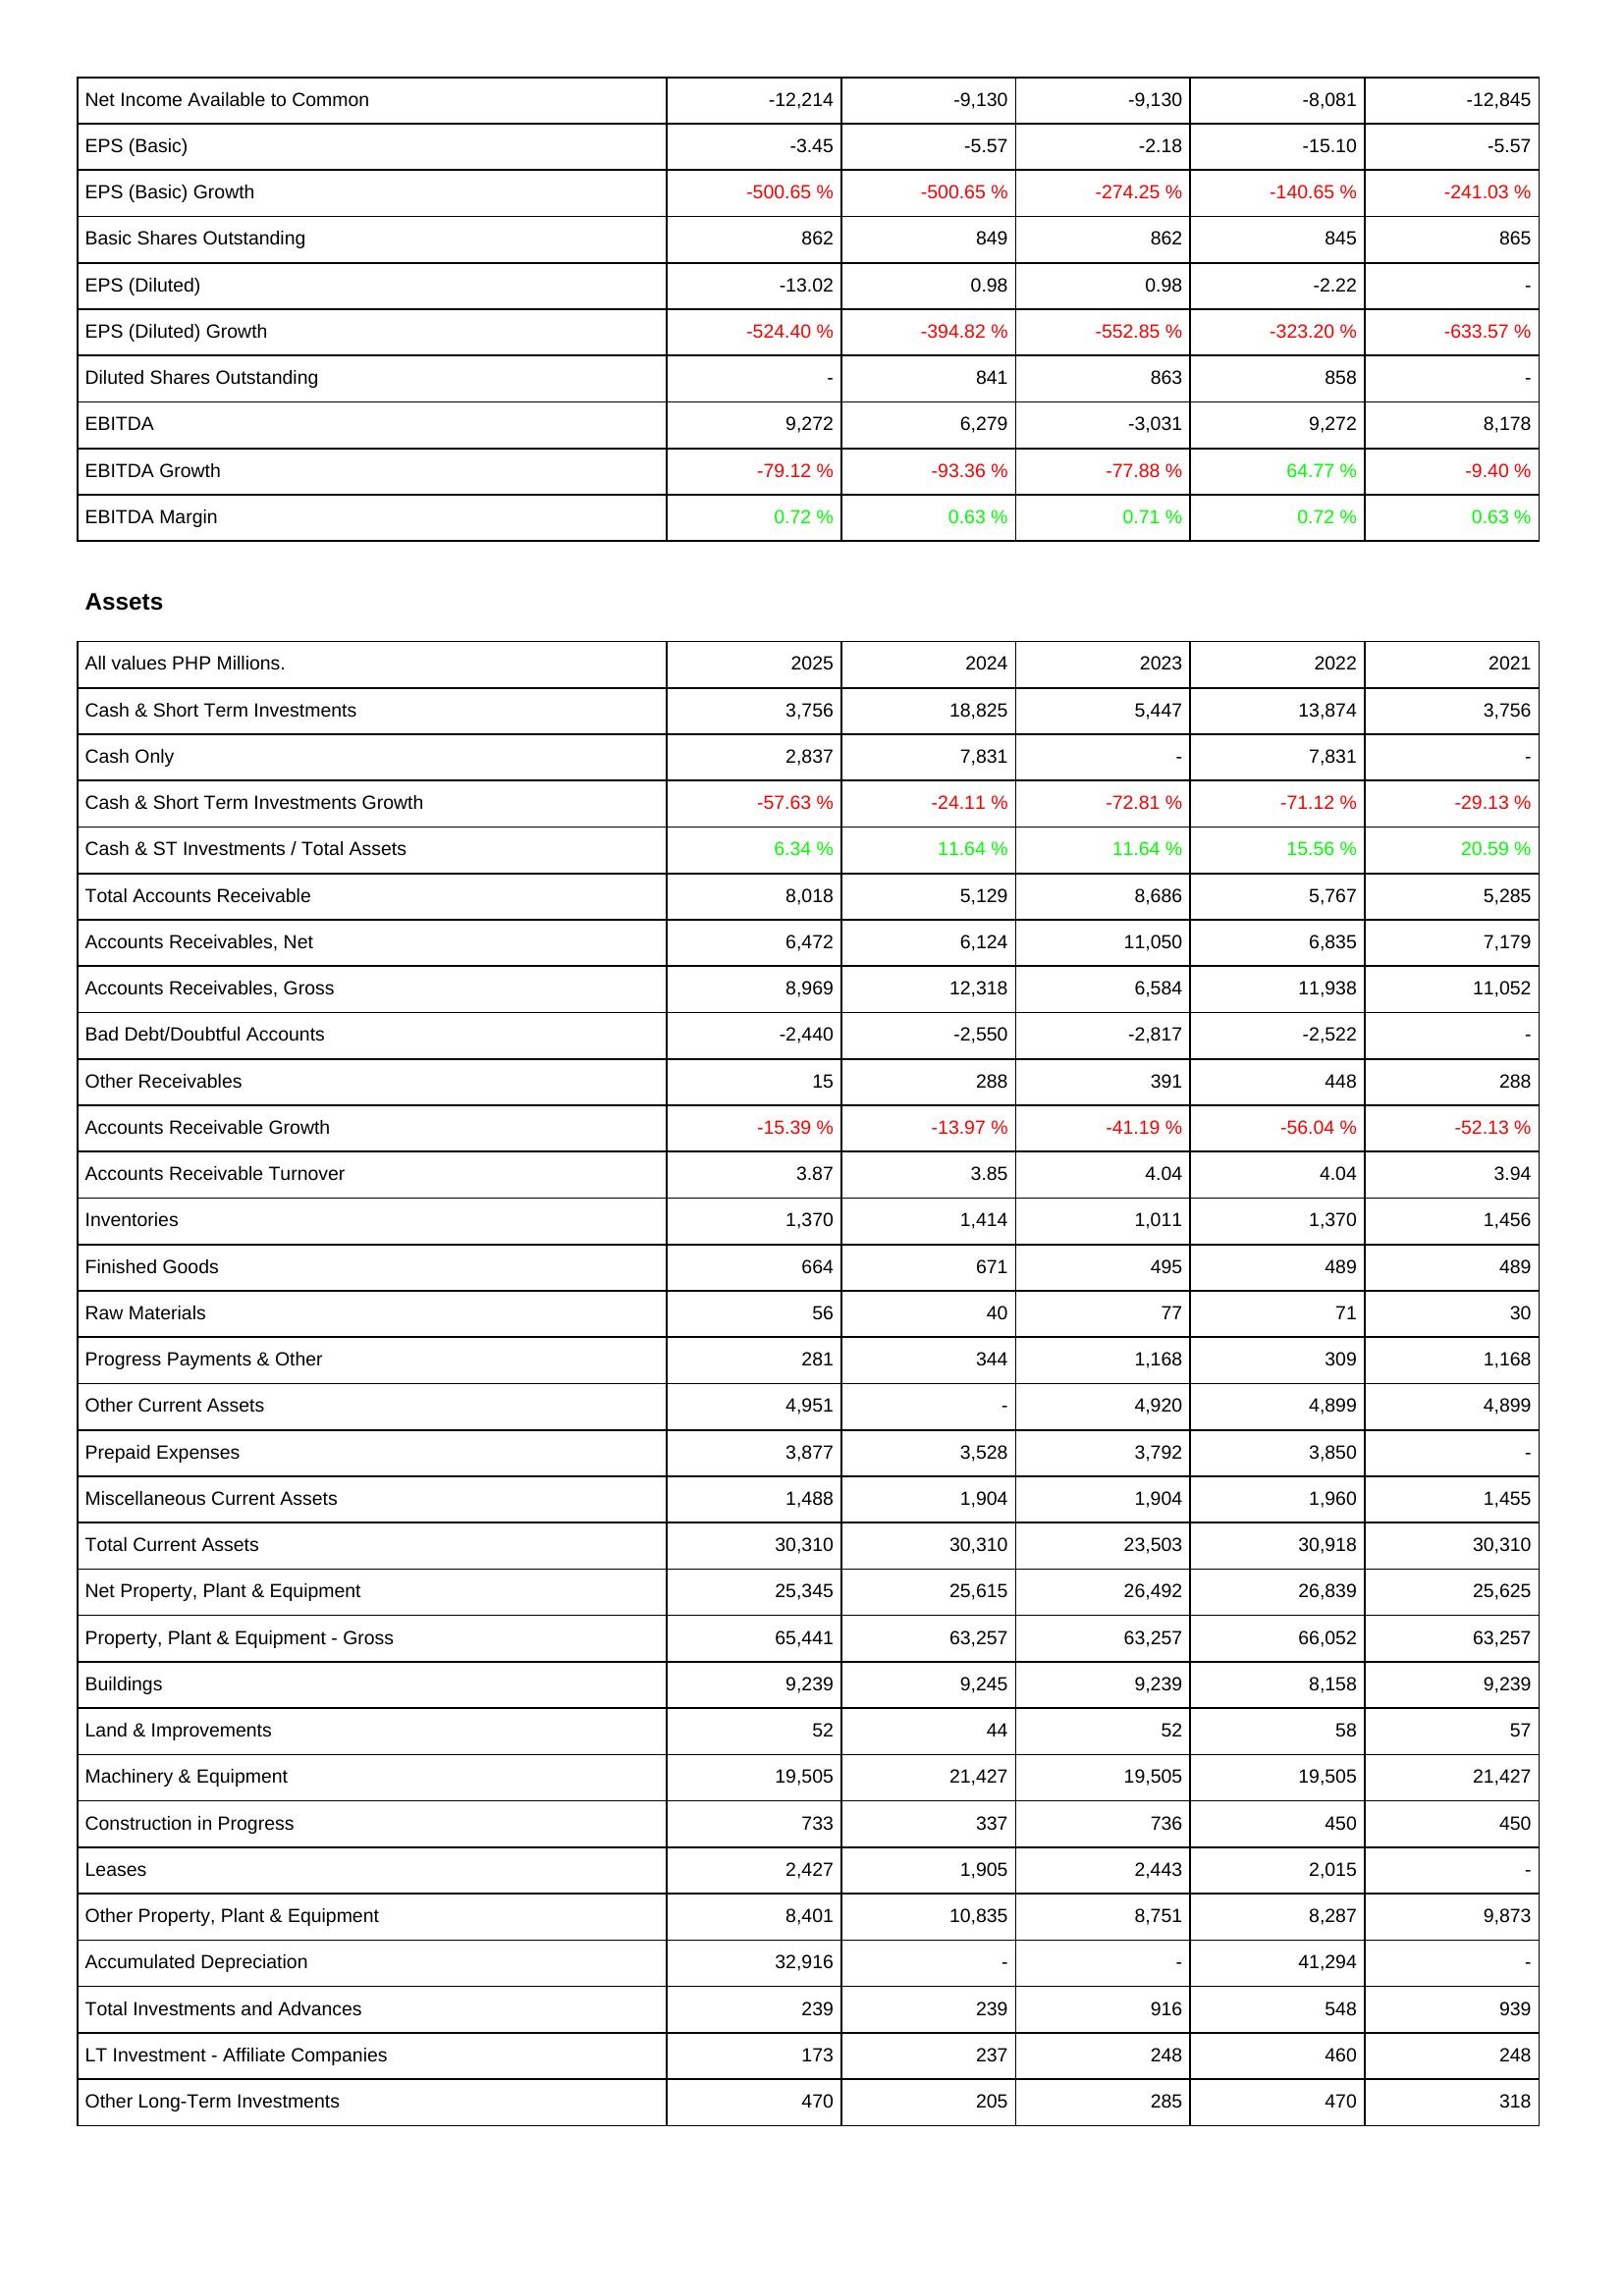
2025: Income Statement: Net Income Available to Common: -12,214
EPS (Basic): -3.45
EPS (Basic) Growth: -500.65 %
Basic Shares Outstanding: 862
EPS (Diluted): -13.02
EPS (Diluted) Growth: -524.40 %
Diluted Shares Outstanding: -
EBITDA: 9,272
EBITDA Growth: -79.12 %
EBITDA Margin: 0.72 %
Assets: Cash & Short Term Investments: 3,756
Cash Only: 2,837
Cash & Short Term Investments Growth: -57.63 %
Cash & ST Investments / Total Assets: 6.34 %
Total Accounts Receivable: 8,018
Accounts Receivables, Net: 6,472
Accounts Receivables, Gross: 8,969
Bad Debt/Doubtful Accounts: -2,440
Other Receivables: 15
Accounts Receivable Growth: -15.39 %
Accounts Receivable Turnover: 3.87
Inventories: 1,370
Finished Goods: 664
Raw Materials: 56
Progress Payments & Other: 281
Other Current Assets: 4,951
Prepaid Expenses: 3,877
Miscellaneous Current Assets: 1,488
Total Current Assets: 30,310
Net Property, Plant & Equipment: 25,345
Property, Plant & Equipment - Gross: 65,441
Buildings: 9,239
Land & Improvements: 52
Machinery & Equipment: 19,505
Construction in Progress: 733
Leases: 2,427
Other Property, Plant & Equipment: 8,401
Accumulated Depreciation: 32,916
Total Investments and Advances: 239
LT Investment - Affiliate Companies: 173
Other Long-Term Investments: 470
2024: Income Statement: Net Income Available to Common: -9,130
EPS (Basic): -5.57
EPS (Basic) Growth: -500.65 %
Basic Shares Outstanding: 849
EPS (Diluted): 0.98
EPS (Diluted) Growth: -394.82 %
Diluted Shares Outstanding: 841
EBITDA: 6,279
EBITDA Growth: -93.36 %
EBITDA Margin: 0.63 %
Assets: Cash & Short Term Investments: 18,825
Cash Only: 7,831
Cash & Short Term Investments Growth: -24.11 %
Cash & ST Investments / Total Assets: 11.64 %
Total Accounts Receivable: 5,129
Accounts Receivables, Net: 6,124
Accounts Receivables, Gross: 12,318
Bad Debt/Doubtful Accounts: -2,550
Other Receivables: 288
Accounts Receivable Growth: -13.97 %
Accounts Receivable Turnover: 3.85
Inventories: 1,414
Finished Goods: 671
Raw Materials: 40
Progress Payments & Other: 344
Other Current Assets: -
Prepaid Expenses: 3,528
Miscellaneous Current Assets: 1,904
Total Current Assets: 30,310
Net Property, Plant & Equipment: 25,615
Property, Plant & Equipment - Gross: 63,257
Buildings: 9,245
Land & Improvements: 44
Machinery & Equipment: 21,427
Construction in Progress: 337
Leases: 1,905
Other Property, Plant & Equipment: 10,835
Accumulated Depreciation: -
Total Investments and Advances: 239
LT Investment - Affiliate Companies: 237
Other Long-Term Investments: 205
2023: Income Statement: Net Income Available to Common: -9,130
EPS (Basic): -2.18
EPS (Basic) Growth: -274.25 %
Basic Shares Outstanding: 862
EPS (Diluted): 0.98
EPS (Diluted) Growth: -552.85 %
Diluted Shares Outstanding: 863
EBITDA: -3,031
EBITDA Growth: -77.88 %
EBITDA Margin: 0.71 %
Assets: Cash & Short Term Investments: 5,447
Cash Only: -
Cash & Short Term Investments Growth: -72.81 %
Cash & ST Investments / Total Assets: 11.64 %
Total Accounts Receivable: 8,686
Accounts Receivables, Net: 11,050
Accounts Receivables, Gross: 6,584
Bad Debt/Doubtful Accounts: -2,817
Other Receivables: 391
Accounts Receivable Growth: -41.19 %
Accounts Receivable Turnover: 4.04
Inventories: 1,011
Finished Goods: 495
Raw Materials: 77
Progress Payments & Other: 1,168
Other Current Assets: 4,920
Prepaid Expenses: 3,792
Miscellaneous Current Assets: 1,904
Total Current Assets: 23,503
Net Property, Plant & Equipment: 26,492
Property, Plant & Equipment - Gross: 63,257
Buildings: 9,239
Land & Improvements: 52
Machinery & Equipment: 19,505
Construction in Progress: 736
Leases: 2,443
Other Property, Plant & Equipment: 8,751
Accumulated Depreciation: -
Total Investments and Advances: 916
LT Investment - Affiliate Companies: 248
Other Long-Term Investments: 285
2022: Income Statement: Net Income Available to Common: -8,081
EPS (Basic): -15.10
EPS (Basic) Growth: -140.65 %
Basic Shares Outstanding: 845
EPS (Diluted): -2.22
EPS (Diluted) Growth: -323.20 %
Diluted Shares Outstanding: 858
EBITDA: 9,272
EBITDA Growth: 64.77 %
EBITDA Margin: 0.72 %
Assets: Cash & Short Term Investments: 13,874
Cash Only: 7,831
Cash & Short Term Investments Growth: -71.12 %
Cash & ST Investments / Total Assets: 15.56 %
Total Accounts Receivable: 5,767
Accounts Receivables, Net: 6,835
Accounts Receivables, Gross: 11,938
Bad Debt/Doubtful Accounts: -2,522
Other Receivables: 448
Accounts Receivable Growth: -56.04 %
Accounts Receivable Turnover: 4.04
Inventories: 1,370
Finished Goods: 489
Raw Materials: 71
Progress Payments & Other: 309
Other Current Assets: 4,899
Prepaid Expenses: 3,850
Miscellaneous Current Assets: 1,960
Total Current Assets: 30,918
Net Property, Plant & Equipment: 26,839
Property, Plant & Equipment - Gross: 66,052
Buildings: 8,158
Land & Improvements: 58
Machinery & Equipment: 19,505
Construction in Progress: 450
Leases: 2,015
Other Property, Plant & Equipment: 8,287
Accumulated Depreciation: 41,294
Total Investments and Advances: 548
LT Investment - Affiliate Companies: 460
Other Long-Term Investments: 470
2021: Income Statement: Net Income Available to Common: -12,845
EPS (Basic): -5.57
EPS (Basic) Growth: -241.03 %
Basic Shares Outstanding: 865
EPS (Diluted): -
EPS (Diluted) Growth: -633.57 %
Diluted Shares Outstanding: -
EBITDA: 8,178
EBITDA Growth: -9.40 %
EBITDA Margin: 0.63 %
Assets: Cash & Short Term Investments: 3,756
Cash Only: -
Cash & Short Term Investments Growth: -29.13 %
Cash & ST Investments / Total Assets: 20.59 %
Total Accounts Receivable: 5,285
Accounts Receivables, Net: 7,179
Accounts Receivables, Gross: 11,052
Bad Debt/Doubtful Accounts: -
Other Receivables: 288
Accounts Receivable Growth: -52.13 %
Accounts Receivable Turnover: 3.94
Inventories: 1,456
Finished Goods: 489
Raw Materials: 30
Progress Payments & Other: 1,168
Other Current Assets: 4,899
Prepaid Expenses: -
Miscellaneous Current Assets: 1,455
Total Current Assets: 30,310
Net Property, Plant & Equipment: 25,625
Property, Plant & Equipment - Gross: 63,257
Buildings: 9,239
Land & Improvements: 57
Machinery & Equipment: 21,427
Construction in Progress: 450
Leases: -
Other Property, Plant & Equipment: 9,873
Accumulated Depreciation: -
Total Investments and Advances: 939
LT Investment - Affiliate Companies: 248
Other Long-Term Investments: 318